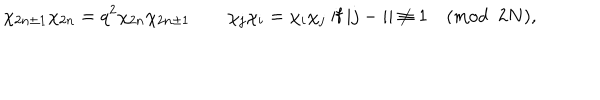
\chi _ { 2 n \pm 1 } \chi _ { 2 n } = q ^ { 2 } \chi _ { 2 n } \chi _ { 2 n \pm 1 } \qquad \chi _ { j } \chi _ { i } = \chi _ { i } \chi _ { j } \mathrm { ~ i f ~ } | j - i | \not \equiv 1 \pmod { 2 N } ,